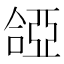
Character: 𠼞